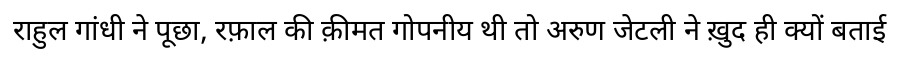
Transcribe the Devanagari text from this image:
राहुल गांधी ने पूछा, रफ़ाल की क़ीमत गोपनीय थी तो अरुण जेटली ने ख़ुद ही क्यों बताई